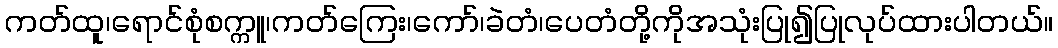
ကတ်ထူ၊ရောင်စုံစက္ကူ၊ကတ်ကြေး၊ကော်၊ခဲတံ၊ပေတံတို့ကိုအသုံးပြု၍ပြုလုပ်ထားပါတယ်။